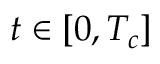
t \in [ 0 , T _ { c } ]